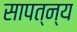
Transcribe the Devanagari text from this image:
सापत्न्य